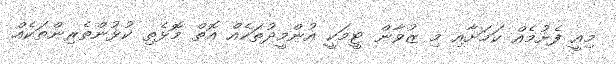
މިއީ ފެށުމެއް ކަމަށާއި މި ޒުވާން ޓީމަކީ އުންމީދުތަކެއް އޮތް މޮޅެތި ކުޅުންތެރިންތަކެއް